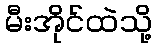
မီးအိုင်ထဲသို့